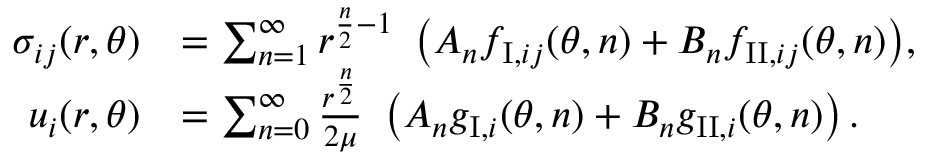
\begin{array} { r l } { \sigma _ { i j } ( r , \theta ) } & { = \sum _ { n = 1 } ^ { \infty } { r ^ { \frac { n } { 2 } - 1 } \ \left( A _ { n } f _ { \mathrm { I } , i j } ( \theta , n ) + B _ { n } f _ { \mathrm { I I } , i j } ( \theta , n ) \right) } , } \\ { u _ { i } ( r , \theta ) } & { = \sum _ { n = 0 } ^ { \infty } \frac { r ^ { \frac { n } { 2 } } } { 2 \mu } \ \left( A _ { n } g _ { \mathrm { I } , i } ( \theta , n ) + B _ { n } g _ { \mathrm { I I } , i } ( \theta , n ) \right) . } \end{array}